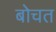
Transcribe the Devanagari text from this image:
बोचत